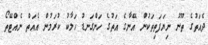
ދެއަތުގެ ތޫނު ނިޔަފަތިތަކުން އޭނާގެ އަތުގެ ހަންގަނޑު ހަލާކު ކުރަމުން އެއަތް ނެއްޓޭތޯ